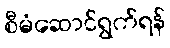
စီမံဆောင်ရွက်ရန်